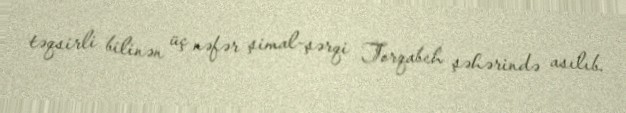
təqsirli bilinən üç nəfər şimal-şərqi Torqabeh şəhərində asılıb.